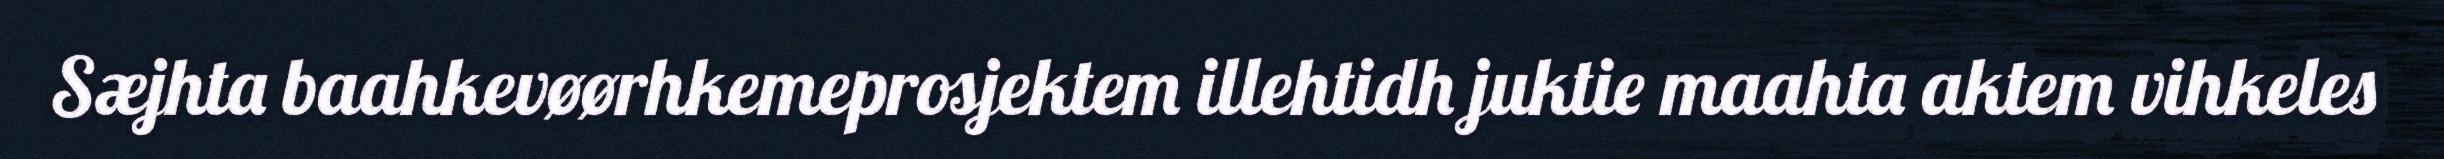
Sæjhta baahkevøørhkemeprosjektem illehtidh juktie maahta aktem vihkeles